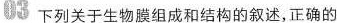
03下列关于生物膜组成和结构的叙述，正确的